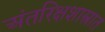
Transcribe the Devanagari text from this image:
अंतरिक्षशास्त्रात